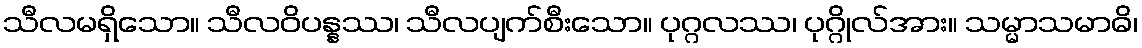
သီလမရှိသော။ သီလဝိပန္နဿ၊ သီလပျက်စီးသော။ ပုဂ္ဂလဿ၊ ပုဂ္ဂိုလ်အား။ သမ္မာသမာဓိ၊